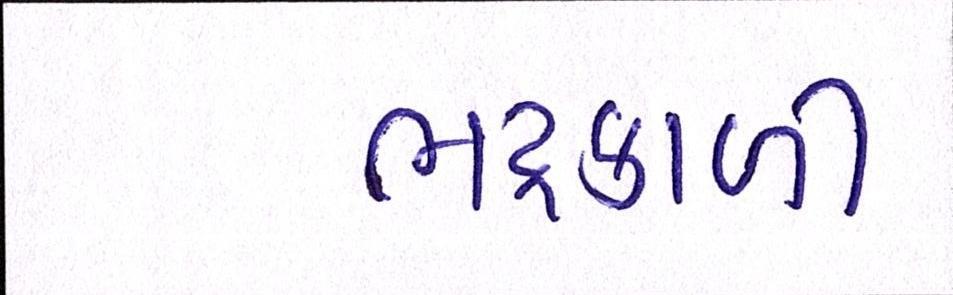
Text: ભદ્રકાળી